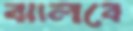
ঝালবে